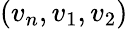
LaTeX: (v_{n},v_{1},v_{2})